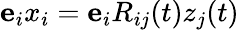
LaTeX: {\mathbf e}_{i}x_{i}={\mathbf e}_{i}R_{ij}(t)z_{j}(t)